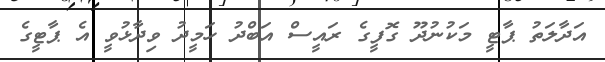
އަދާލަތު ޕާޓީ މަކުނުދޫ ގޮފީގެ ރައީސް އަބްދު ހަމީދު ވިދާޅުވީ އެ ޕާޓީގެ